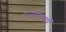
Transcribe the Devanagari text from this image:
राजघोषणाएँ